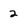
Character: 2